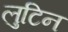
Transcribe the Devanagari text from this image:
लुटिन